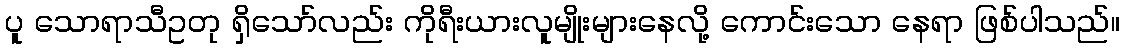
ပူ သောရာသီဥတု ရှိသော်လည်း ကိုရီးယားလူမျိုးများနေလို့ ကောင်းသော နေရာ ဖြစ်ပါသည်။